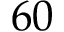
6 0